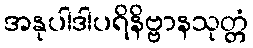
အနုပါဒါပရိနိဗ္ဗာနသုတ္တံ